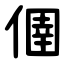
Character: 㒁